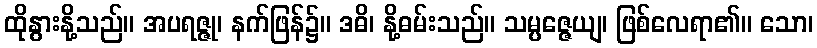
ထိုနွားနို့သည်။ အပရဇ္ဇု၊ နက်ဖြန်၌။ ဒဓိ၊ နို့ဓမ်းသည်။ သမ္ပဇ္ဇေယျ၊ ဖြစ်လေရာ၏။ သော၊